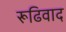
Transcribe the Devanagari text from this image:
रूढिवाद